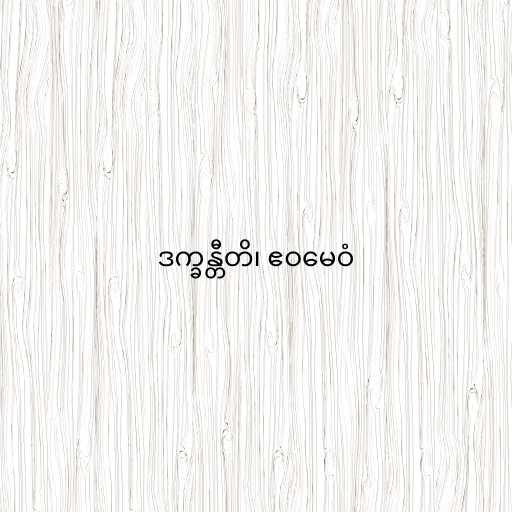
ဒက္ခန္တီတိ၊ ဧဝမေဝံ